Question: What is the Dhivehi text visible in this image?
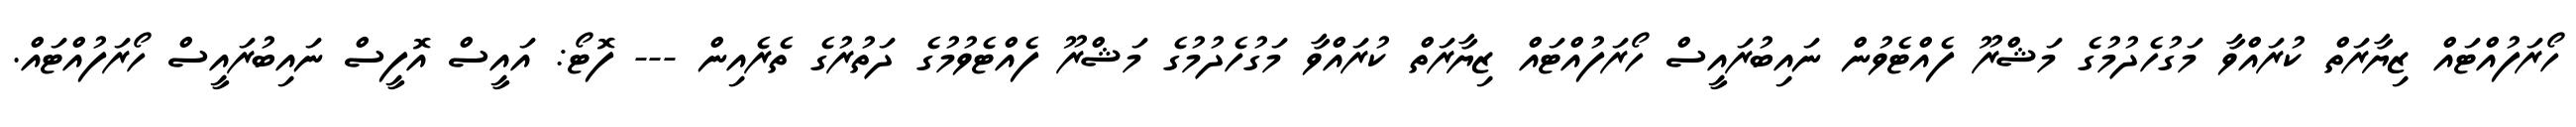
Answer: ހޯރަފުއްޓައް ޒިޔާރަތް ކުރައްވާ މަގުހެދުމުގެ މަޝްރޫ ފެއްޓެވުން ނައިބުރައީސް ހޯރަފުއްޓައް ޒިޔާރަތް ކުރައްވާ މަގުހެދުމުގެ މަޝްރޫ ފެއްޓެވުމުގެ ދަތުރުގެ ތެރެއިން --- ފޮޓޯ: އައީސް އޮފީސް ނައިބުރައީސް ހޯރަފުއްޓައް.